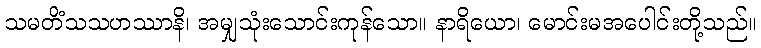
သမတိံသသဟဿာနိ၊ အမျှသုံးသောင်းကုန်သော။ နာရိယော၊ မောင်းမအပေါင်းတို့သည်။